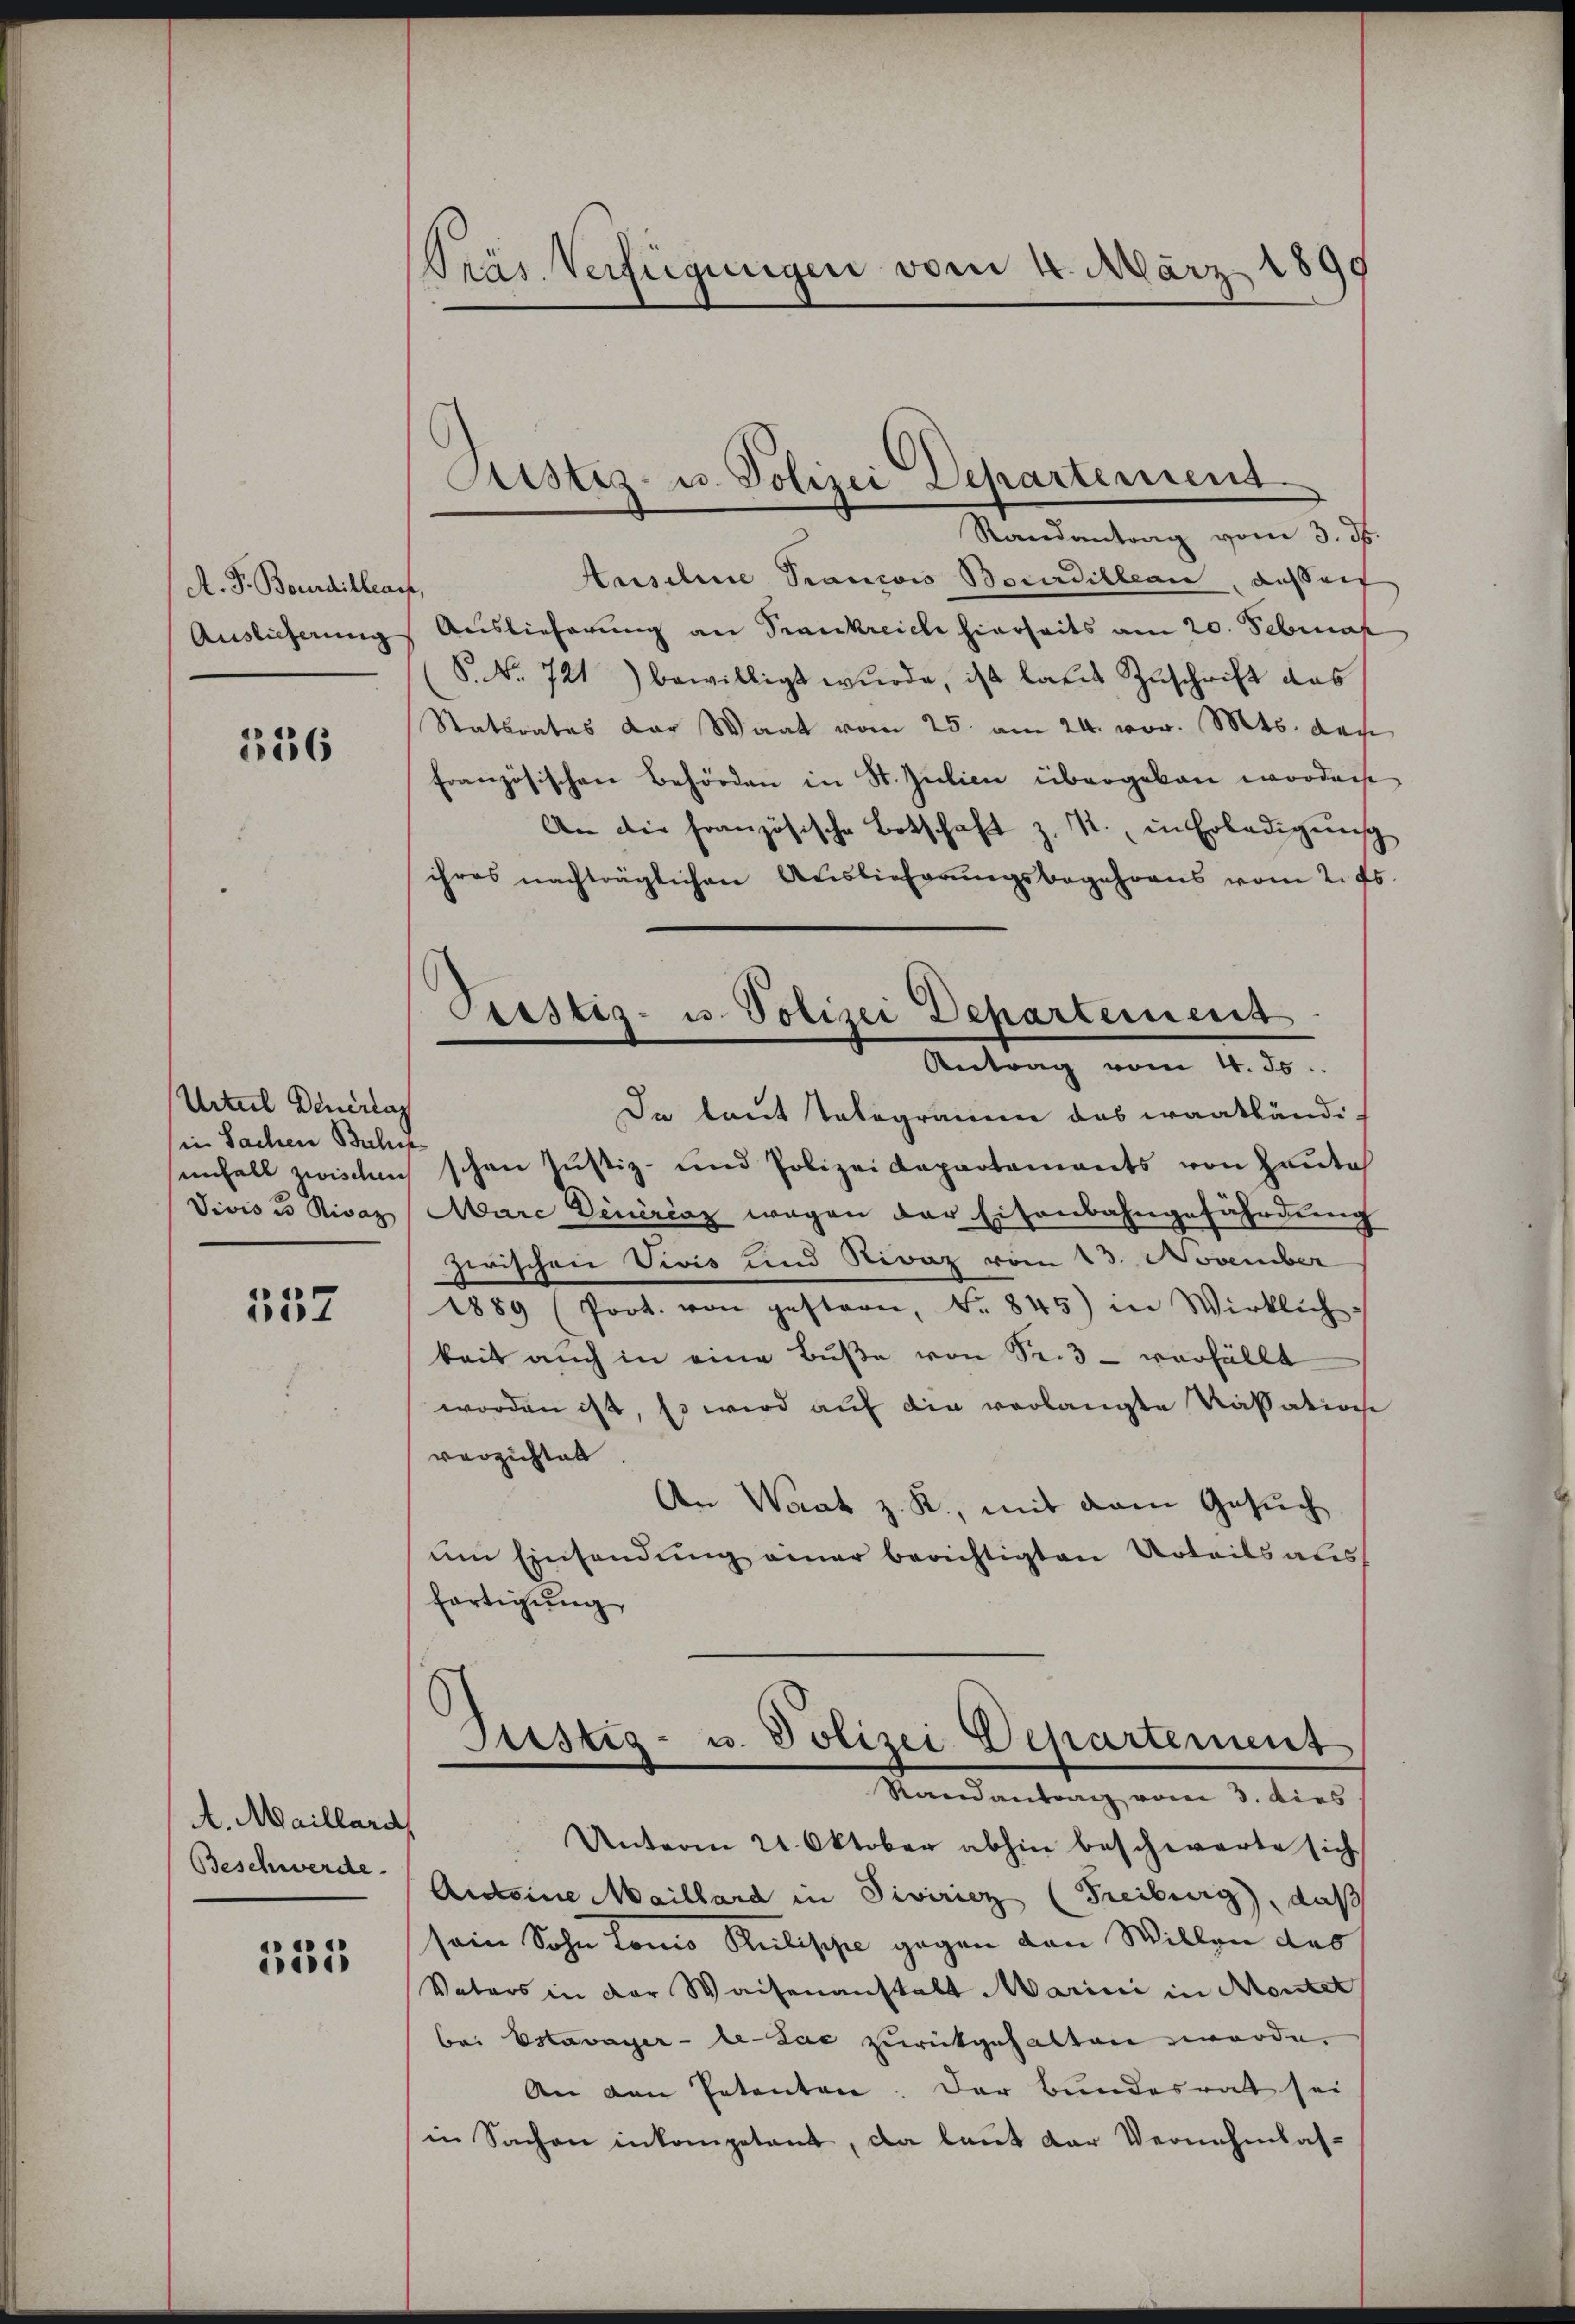
A. F. Bourdillach,
Auslieferung

336

Urteil Deuerlas
in Sachen Bulis
enfall zwischen
Vivis in Rivaz

557

A. Maillard,
Beschwerde.

2135

Präs. Verfügungen vom 4. März 1899

Sistiz- u. Polizei Departement.

Piustiz- u. Polizei Departement
Antrag vom 4. ds.

Randantrag vom 3. ds.
Ansehne Trancois Bourdilleau, außert
Auslieferung an Trankreiche hierseits am 20. Februar
P. Nr. 721) bewilligt wŭrde, ist lates Zuschrift das
Statsrates der Waat vom 25. am 24. vor. Mts. den
französischen Behörden in St. Julien übergeben worden
An die französische Botschaft z. K. in Erledigŭng
ihres nachträglichen Auslieferungsbegehrens vom 2. ds.
Da laut Tabegramm das waadtländischen Justiz- und Polizeidepartements von Haute
Aare Dinérčaz wegen der Eisenbahngefährdung
zwischen Vivis und Rivaz vom 23. November
1889 (Poot. von gestern, No 845) in Wirklich-
keit auch in eine Bŭβe von Sr. 3 - verhüllt
worden ist, so wird auf die verlangte Kassation
verzichtet.
An Waat z. R., mit dem Gesuch
um Einsendung einer berichtigten Urteils aus
fertigung
Justig- u. Polizei Departement
Randantrag vom 3. dies
Unterm 24. Oktober abhin beschwarte sich
Anleine Maillard in Siviricz (Freiburg, daß
sein Sohn Lonio Rulippe gegen den Willen des
Vaters in der Waisenanstalt Marini in Montet
bei Estavayer-le-Lac zurückgehalten worden.
An den Petenten. Der Bundesratt sei
in Sachen inkompetent, da laut der Vernehmlas¬